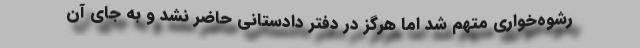
رشوه‌خواری متهم شد اما هرگز در دفتر دادستانی حاضر نشد و به جای آن